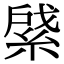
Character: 䋯